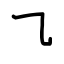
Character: ㇈